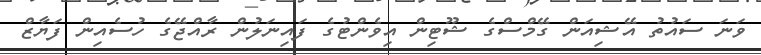
ވަނަ ސައުތު އޭޝިއަން ގޭމްސްގެ ޝޫޓިން އިވެންޓުގެ ފައިނަލުން ރާއްޖޭގެ ހުސެއިން ފަޔާޒް